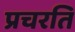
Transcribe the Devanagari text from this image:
प्रचरति